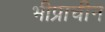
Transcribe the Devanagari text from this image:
भीप्राचीन